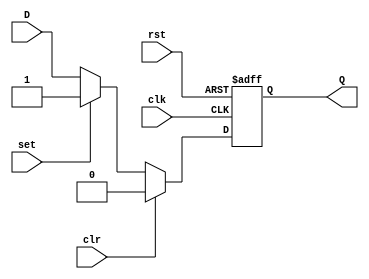
module d_ff (
    input wire clk,       // Clock input
    input wire rst,       // Reset input
    input wire set,       // Set input for setting Q to high
    input wire clr,       // Clear input for clearing Q to low
    input wire D,         // Data input
    output reg Q          // Output representing stored state
);

always @ (posedge clk or posedge rst)
begin
    if (rst) begin
        Q <= 1'b0;       // Reset Q to low when reset is active
    end
    else if (clr) begin
        Q <= 1'b0;       // Clear Q to low when clear is active
    end
    else if (set) begin
        Q <= 1'b1;       // Set Q to high when set is active
    end
    else begin
        Q <= D;          // Store input data D to Q on clock edge
    end
end

endmodule